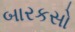
બારકસો